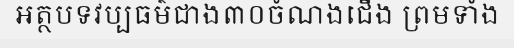
អត្ថបទវប្បធម៌ជាង៣០ចំណងជើង ព្រមទាំង